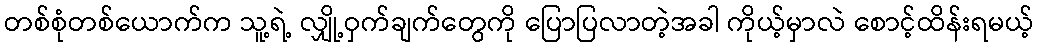
တစ်စုံတစ်ယောက်က သူ့ရဲ့ လျှို့ဝှက်ချက်တွေကို ပြောပြလာတဲ့အခါ ကိုယ့်မှာလဲ စောင့်ထိန်းရမယ့်